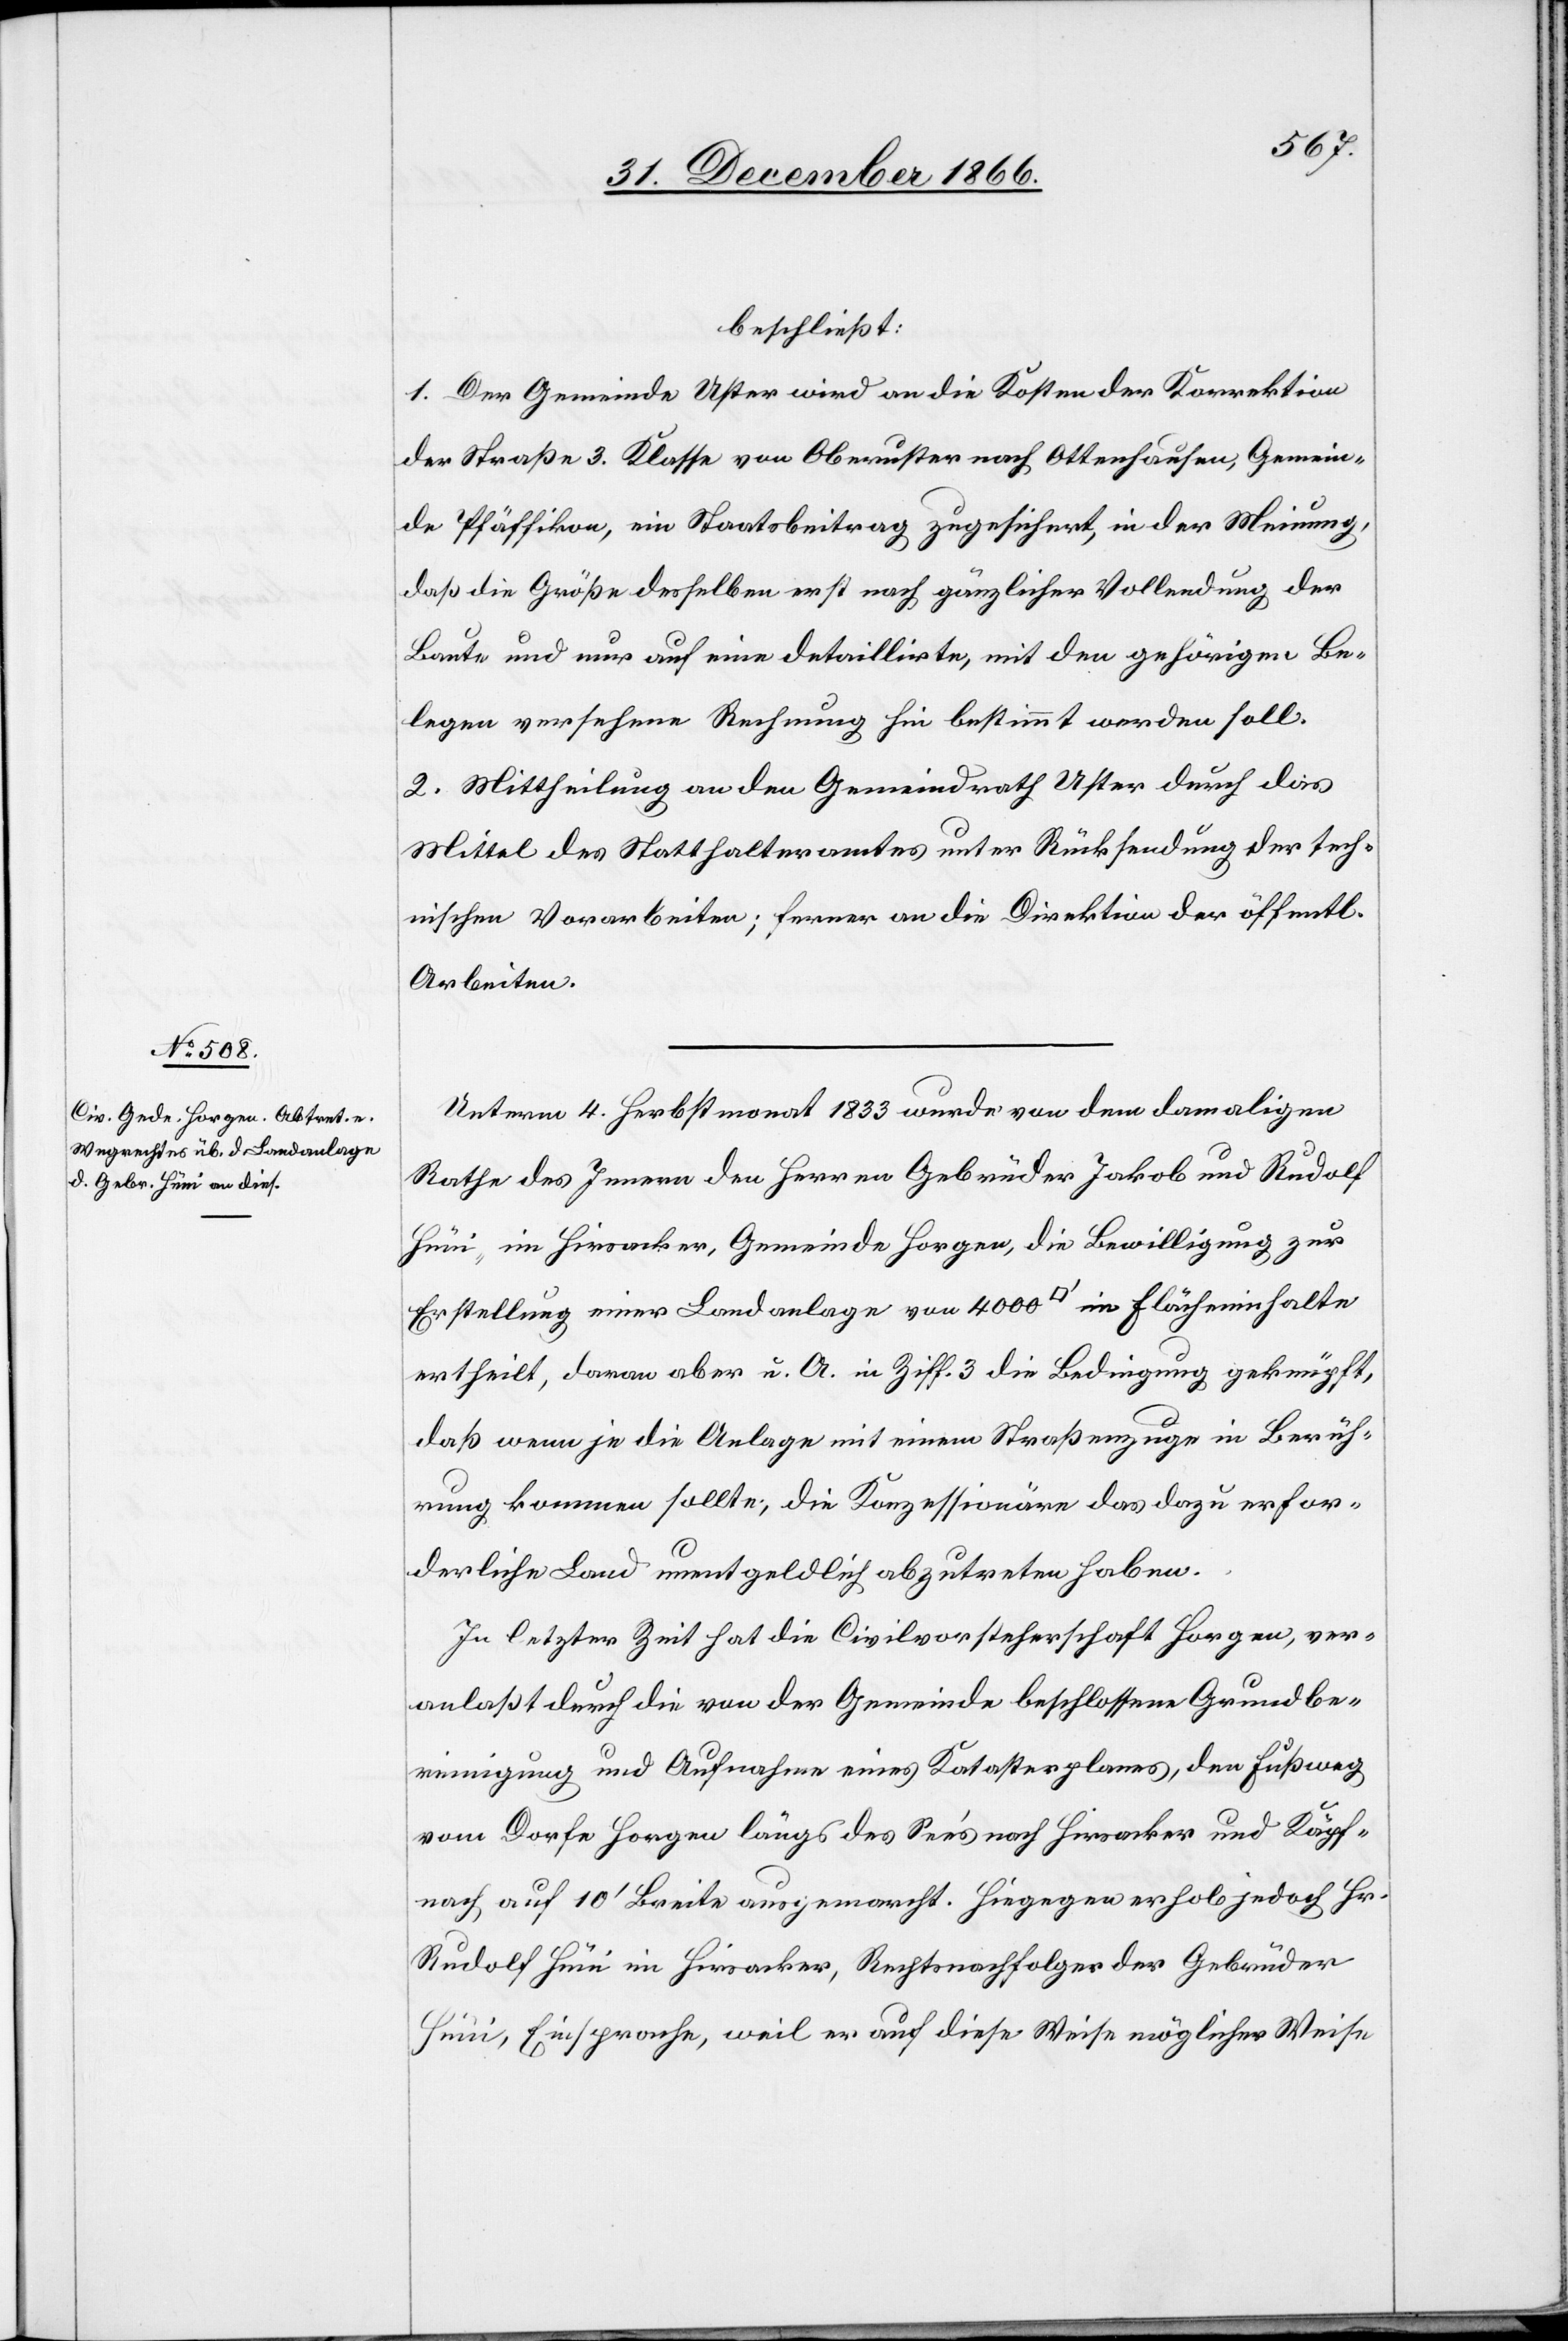
beschließt:
1. Der Gemeinde Uster wird an die Kosten der Korrektion
der Straße 3. Klasse von Oberuster nach Ottenhausen, Gemein¬
de Pfäffikon, ein Staatsbeitrag zugesichert, in der Meinung,
daß die Größe desselben erst nach gänzlicher Vollendung der
Baute und nur auf eine detaillirte, mit den gehörigen Be¬
legen versehene Rechnung hin bestimmt werden soll.
2. Mittheilung an den Gemeindrath Uster durch das
Mittel des Statthalteramtes unter Rücksendung der tech¬
nischen Vorarbeiten; ferner an die Direktion der öffentl.
Arbeiten.
Unterm 4. Herbstmonat 1833 wurde von dem damaligen
Rathe des Innern den Herren Gebrüder Jakob und Rudolf
Hüni, im Hirsacker, Gemeinde Horgen, die Bewilligung zur
Erstellung einer Landanlage von 4000 [Quadratfuß] im Flächeninhalte
ertheilt, daran aber u. A. in Ziff. 3 die Bedingung geknüpft,
daß wenn je die Anlage mit einem Straßenzuge in Berüh¬
rung kommen sollte, die Konzessionäre das dazu erfor¬
derliche Land unentgeldlich abzutreten haben.
In letzter Zeit hat die Civilvorsteherschaft Horgen, ver¬
anlaßt durch die von der Gemeinde beschlossene Grundbe¬
reinigung und Aufnahme eines Katasterplanes, den Fußweg
vom Dorfe Horgen längs des See’s nach Hirsacker und Käpf¬
nach, auf 10‘ Breite ausgemarcht. Hiegegen erhob jedoch Hr.
Rudolf Hüni im Hirsacker, Rechtsnachfolger der Gerbrüder
Hüni, Einsprache, weil er auf diese Weise möglicher Weise